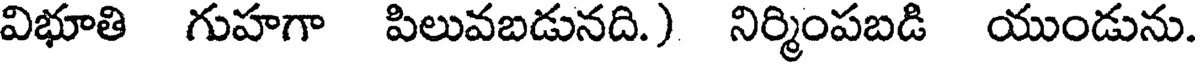
విభూతి గుహగా పిలువబడునది.) నిర్మింపబడి యుండును.